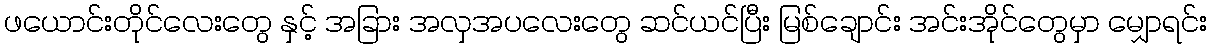
ဖယောင်းတိုင်လေးတွေ နှင့် အခြား အလှအပလေးတွေ ဆင်ယင်ပြီး မြစ်ချောင်း အင်းအိုင်တွေမှာ မျှောရင်း